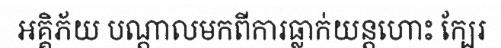
អគ្គិភ័យ បណ្តាលមកពីការធ្លាក់យន្តហោះ ក្បែរ